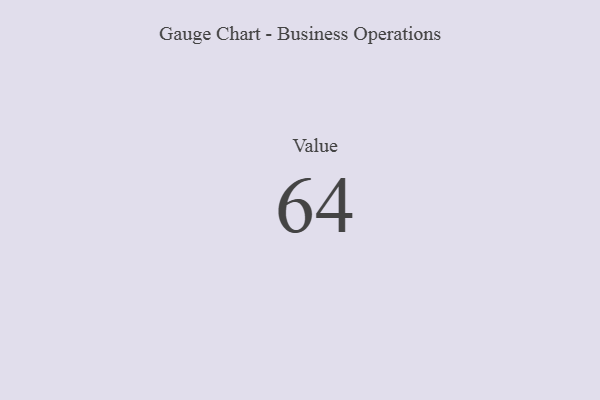
{"axis": {"x": "Metric", "y": "Value"}, "legend": [""], "data": [{"x": "Value", "y": 64, "type": ""}]}